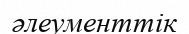
әлеументтік